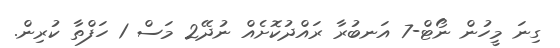
ގިނަ މީހުން ނޯޓް-7 އަނބުރާ ރައްދުކޮށެއް ނުދޭ2 މަސް 1 ހަފްތާ ކުރިން.